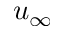
u _ { \infty }